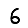
Digit: 6